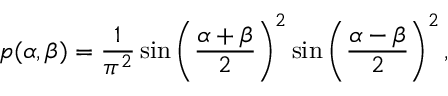
p ( \alpha , \beta ) = \frac { 1 } { \pi ^ { 2 } } \sin \bigg ( \frac { \alpha + \beta } { 2 } \bigg ) ^ { 2 } \sin \bigg ( \frac { \alpha - \beta } { 2 } \bigg ) ^ { 2 } \, ,